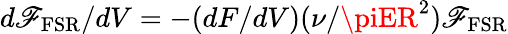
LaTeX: d\mathscr{F}_{\mathrm{{FSR}}}/dV=-(dF/dV)(\nu/\piER^{2})\mathscr{F}_{\mathrm{{FSR}}}